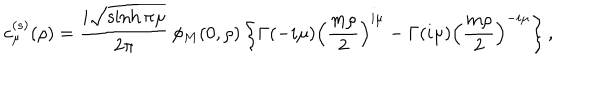
c _ { \mu } ^ { ( s ) } ( \rho ) = \frac { i \sqrt { \sinh \pi \mu } } { 2 \pi } \, \phi _ { M } ( 0 , \rho ) \left\{ \Gamma ( - i \mu ) \left( \frac { m \rho } 2 \right) ^ { i \mu } - \Gamma ( i \mu ) \left( \frac { m \rho } 2 \right) ^ { - i \mu } \right\} ,